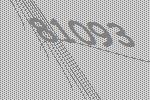
81093